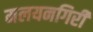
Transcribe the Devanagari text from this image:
मलयनगिरी